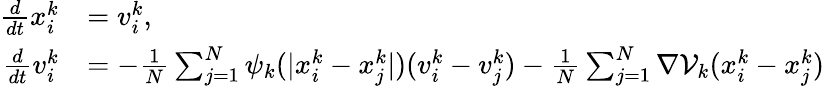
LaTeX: \begin{array}{rl}{\frac{d}{dt}x_{i}^{k}}&{=v_{i}^{k},}\\ {\frac{d}{dt}v_{i}^{k}}&{=-\frac{1}{N}\sum_{j=1}^{N}\psi_{k}(|x_{i}^{k}-x_{j}^{k}|)(v_{i}^{k}-v_{j}^{k})-\frac{1}{N}\sum_{j=1}^{N}\nabla\mathcal V_{k}(x_{i}^{k}-x_{j}^{k})}\end{array}